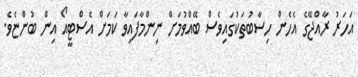
އަހަރު ރާއްޖޭގެ އެހެން ހިސާބުތަކުގައިވެސް ބޭއްވުމަށް ނިންމާފައިވާ ކަމަށް އެސްޓީއޯ އިން ބުންޏެވެ.